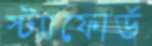
স্ট্যাফোর্ড